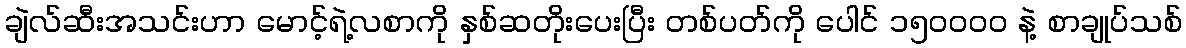
ချဲလ်ဆီးအသင်းဟာ မောင့်ရဲ့လစာကို နှစ်ဆတိုးပေးပြီး တစ်ပတ်ကို ပေါင် ၁၅၀၀၀၀ နဲ့ စာချုပ်သစ်